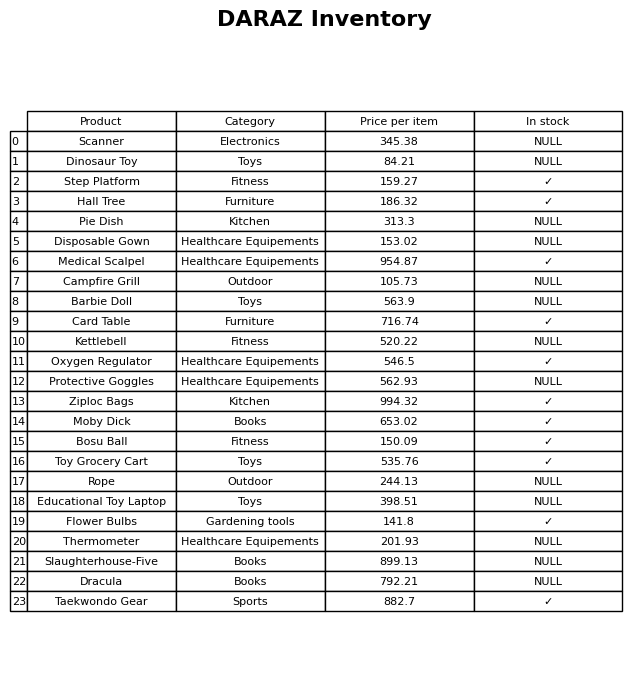
question: What is the price of the Pie Dish?
answer: The price of Pie Dish is 313.3.